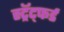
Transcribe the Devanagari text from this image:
स्ट्रॅट्फर्ड